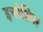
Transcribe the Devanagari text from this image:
इओलिस